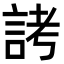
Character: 𬢦